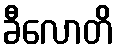
ခီလောတိ